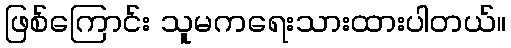
ဖြစ်ကြောင်း သူမကရေးသားထားပါတယ်။